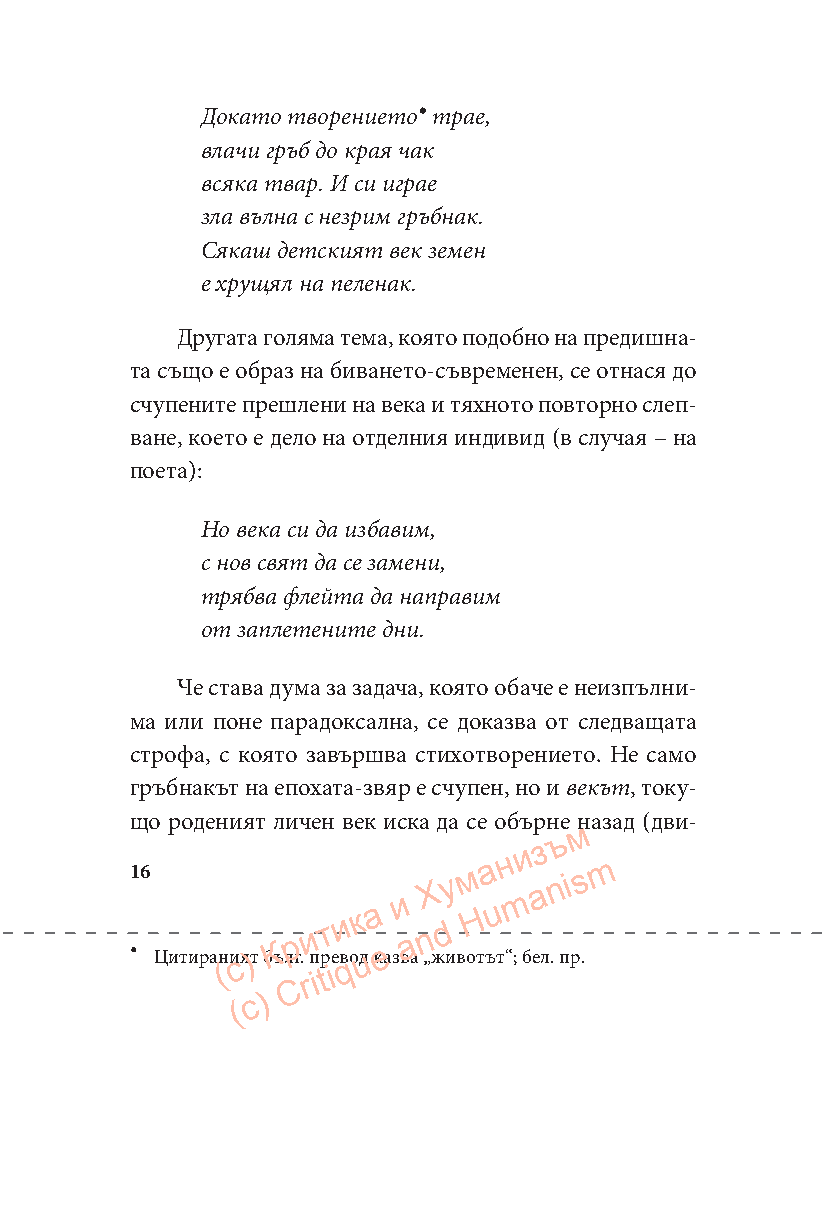
•
 Докато творението трае,
 влачи гръб до края чак
 всяка твар. И си играе
 зла вълна с незрим гръбнак.
 Сякаш детският век земен
 е хрущял на пеленак.
 Другата голяма тема, която подобно на предишна-
 та също е образ на биването-съвременен, се отнася до
 счупените прешлени на века и тяхното повторно слеп-
 ване, което е дело на отделния индивид (в случая – на
 поета):
 Но века си да избавим,
 с нов свят да се замени,
 трябва флейта да направим
 от заплетените дни.
 Че става дума за задача, която обаче е неизпълни-
 ма или поне парадоксална, се доказва от следващата
 строфа, с която завършва стихотворението. Не само
 гръбнакът на епохата-звяр е счупен, но и векът, току-
 що роденият личен век иска да се обърне на зад (дви-
 м
 ъ
 и з
 1
 •
 6
 Цитиран
 (
 иcя)т бК ъ
 Cлр
 г.
 r
 и
 п iр
 tт iеи вqок
 uд
 а
 кe а
 зи вa
 а
 n
 „Х
 жd
 иу вм
 H
 ота
 ъu
 тн
 “m
 ;
 беa л.n пi рs
 .
 m
 ( c )